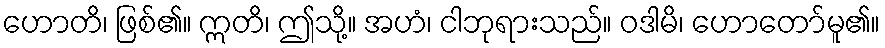
ဟောတိ၊ ဖြစ်၏။ ဣတိ၊ ဤသို့။ အဟံ၊ ငါဘုရားသည်။ ဝဒါမိ၊ ဟောတော်မူ၏။